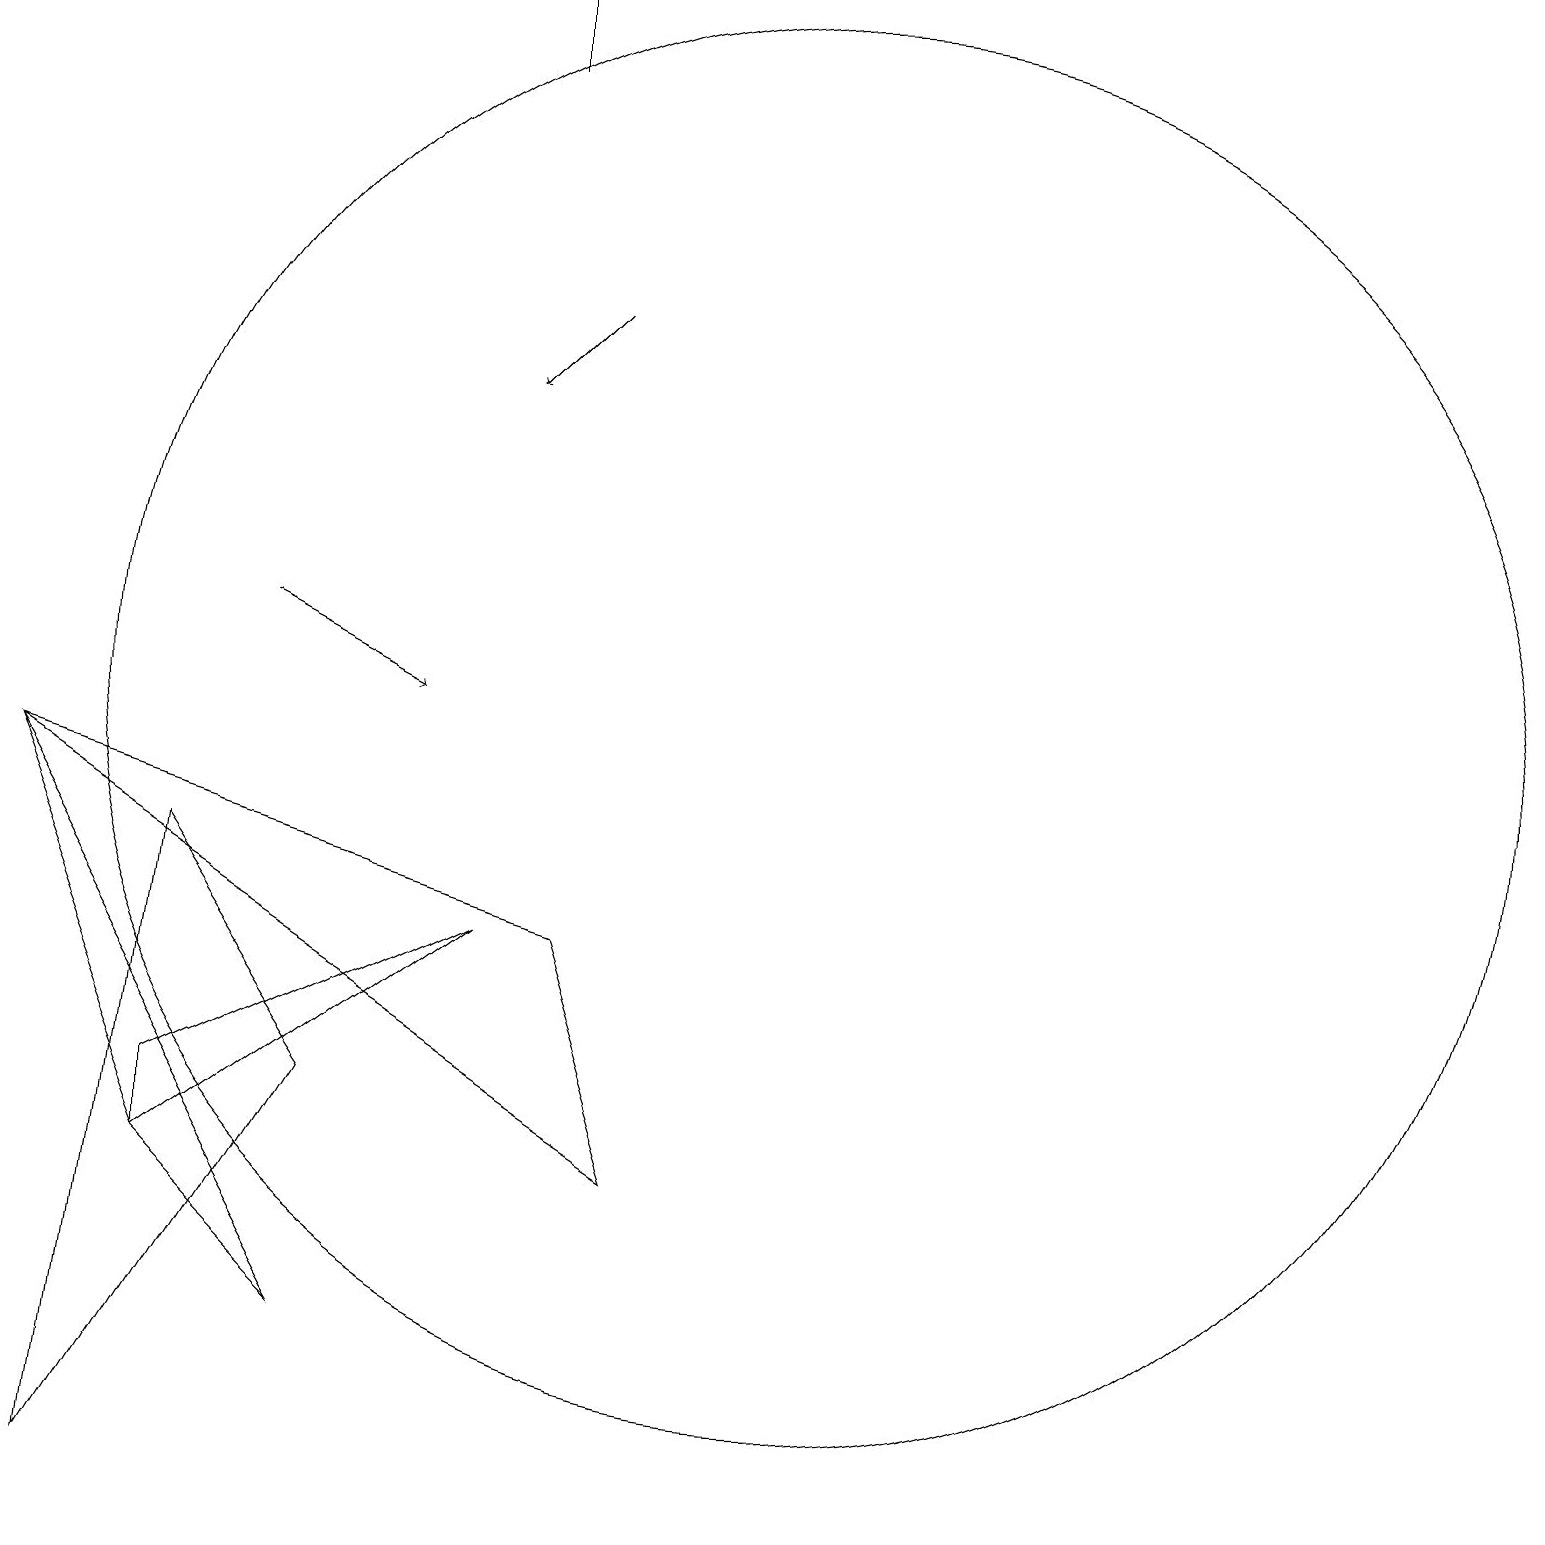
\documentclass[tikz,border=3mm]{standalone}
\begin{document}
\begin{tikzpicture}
\draw (6,7) -- (2,4) -- (2,5) -- cycle;
\draw (10,10) circle (9);
\draw (2,8) -- (4,5) -- (1,0) -- cycle;
\draw[->] (3,11) -- (5,10);
\draw[->] (7,15) -- (6,14);
\draw (0,9) -- (4,2) -- (2,4) -- cycle;
\draw (7,7) -- (8,4) -- (0,9) -- cycle;
\draw (6,18) rectangle (6,19);
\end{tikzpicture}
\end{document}